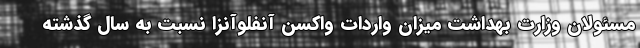
مسئولان وزارت بهداشت میزان واردات واکسن آنفلوآنزا نسبت به سال گذشته